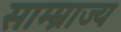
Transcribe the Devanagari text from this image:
साम्म्राज्य